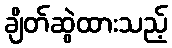
ချိတ်ဆွဲထားသည့်